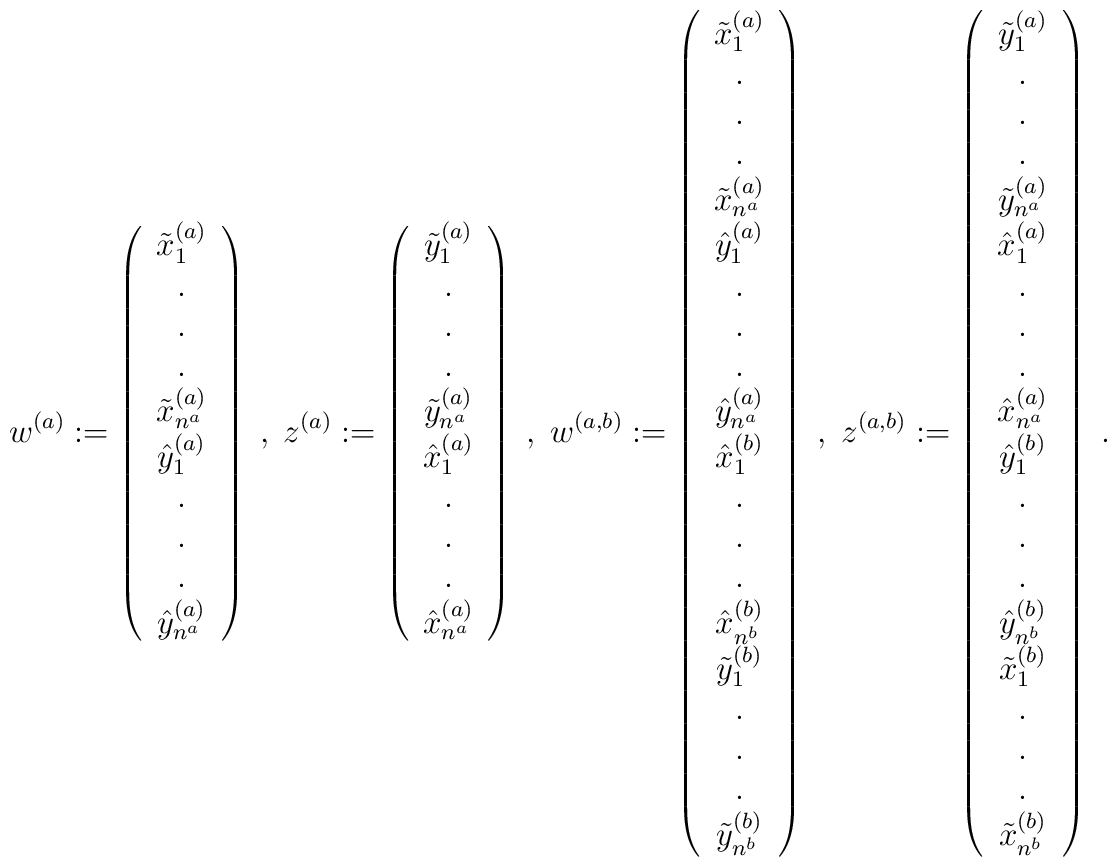
w^{(a)} := \left( \begin{array}{c}\tilde{x}_1^{(a)} \\ . \\ . \\ . \\\tilde{x}_{n^a}^{(a)} \\\hat{y}_1^{(a)} \\ . \\ . \\ . \\\hat{y}_{n^a}^{(a)}\end{array} \right) \; , \;z^{(a)} := \left( \begin{array}{c}\tilde{y}_1^{(a)} \\ . \\ . \\ . \\\tilde{y}_{n^a}^{(a)} \\\hat{x}_1^{(a)} \\ . \\ . \\ . \\\hat{x}_{n^a}^{(a)}\end{array} \right) \; , \;w^{(a,b)} := \left( \begin{array}{c}\tilde{x}_1^{(a)} \\ . \\ . \\ . \\\tilde{x}_{n^a}^{(a)} \\\hat{y}_1^{(a)} \\ . \\ . \\ . \\\hat{y}_{n^a}^{(a)} \\\hat{x}_1^{(b)} \\ . \\ . \\ . \\\hat{x}_{n^b}^{(b)} \\\tilde{y}_1^{(b)} \\ . \\ . \\ . \\\tilde{y}_{n^b}^{(b)} \end{array} \right) \; , \;z^{(a,b)} := \left( \begin{array}{c}\tilde{y}_1^{(a)} \\ . \\ . \\ . \\\tilde{y}_{n^a}^{(a)} \\\hat{x}_1^{(a)} \\ . \\ . \\ . \\\hat{x}_{n^a}^{(a)} \\\hat{y}_1^{(b)} \\ . \\ . \\ . \\\hat{y}_{n^b}^{(b)} \\\tilde{x}_1^{(b)} \\ . \\ . \\ . \\\tilde{x}_{n^b}^{(b)} \end{array} \right) \; .